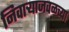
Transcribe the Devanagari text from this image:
निवाऱ्याजवळच्या